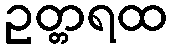
ဥတ္တရထ